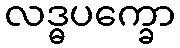
လဒ္ဓပက္ခော